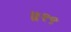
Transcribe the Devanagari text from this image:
॥१९